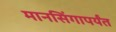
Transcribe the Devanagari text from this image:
मानसिंगापर्यंत